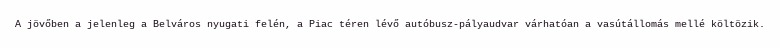
A jövőben a jelenleg a Belváros nyugati felén, a Piac téren lévő autóbusz-pályaudvar várhatóan a vasútállomás mellé költözik.